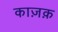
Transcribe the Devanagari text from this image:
काज़क़